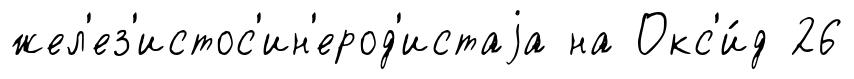
жел'ез'истос'ин'ерод'истаjа на Окс'и́д 26